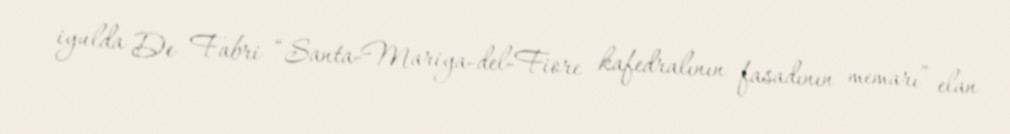
iyulda De Fabri “Santa-Mariya-del-Fiore kafedralının fasadının memarı” elan